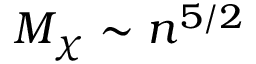
M _ { \chi } \sim n ^ { 5 / 2 }